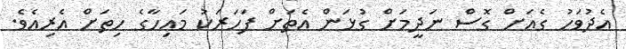
އެދުވަހު ގެއަށް ގޮސް ނަދީމަށް ގުޅަން އެތަށް ފަހަރަކު މައިހާގެ ހިތަށް އެރިއެވެ.